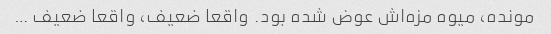
مونده، میوه مزه‌اش عوض شده بود. واقعا ضعیف، واقعا ضعیف …